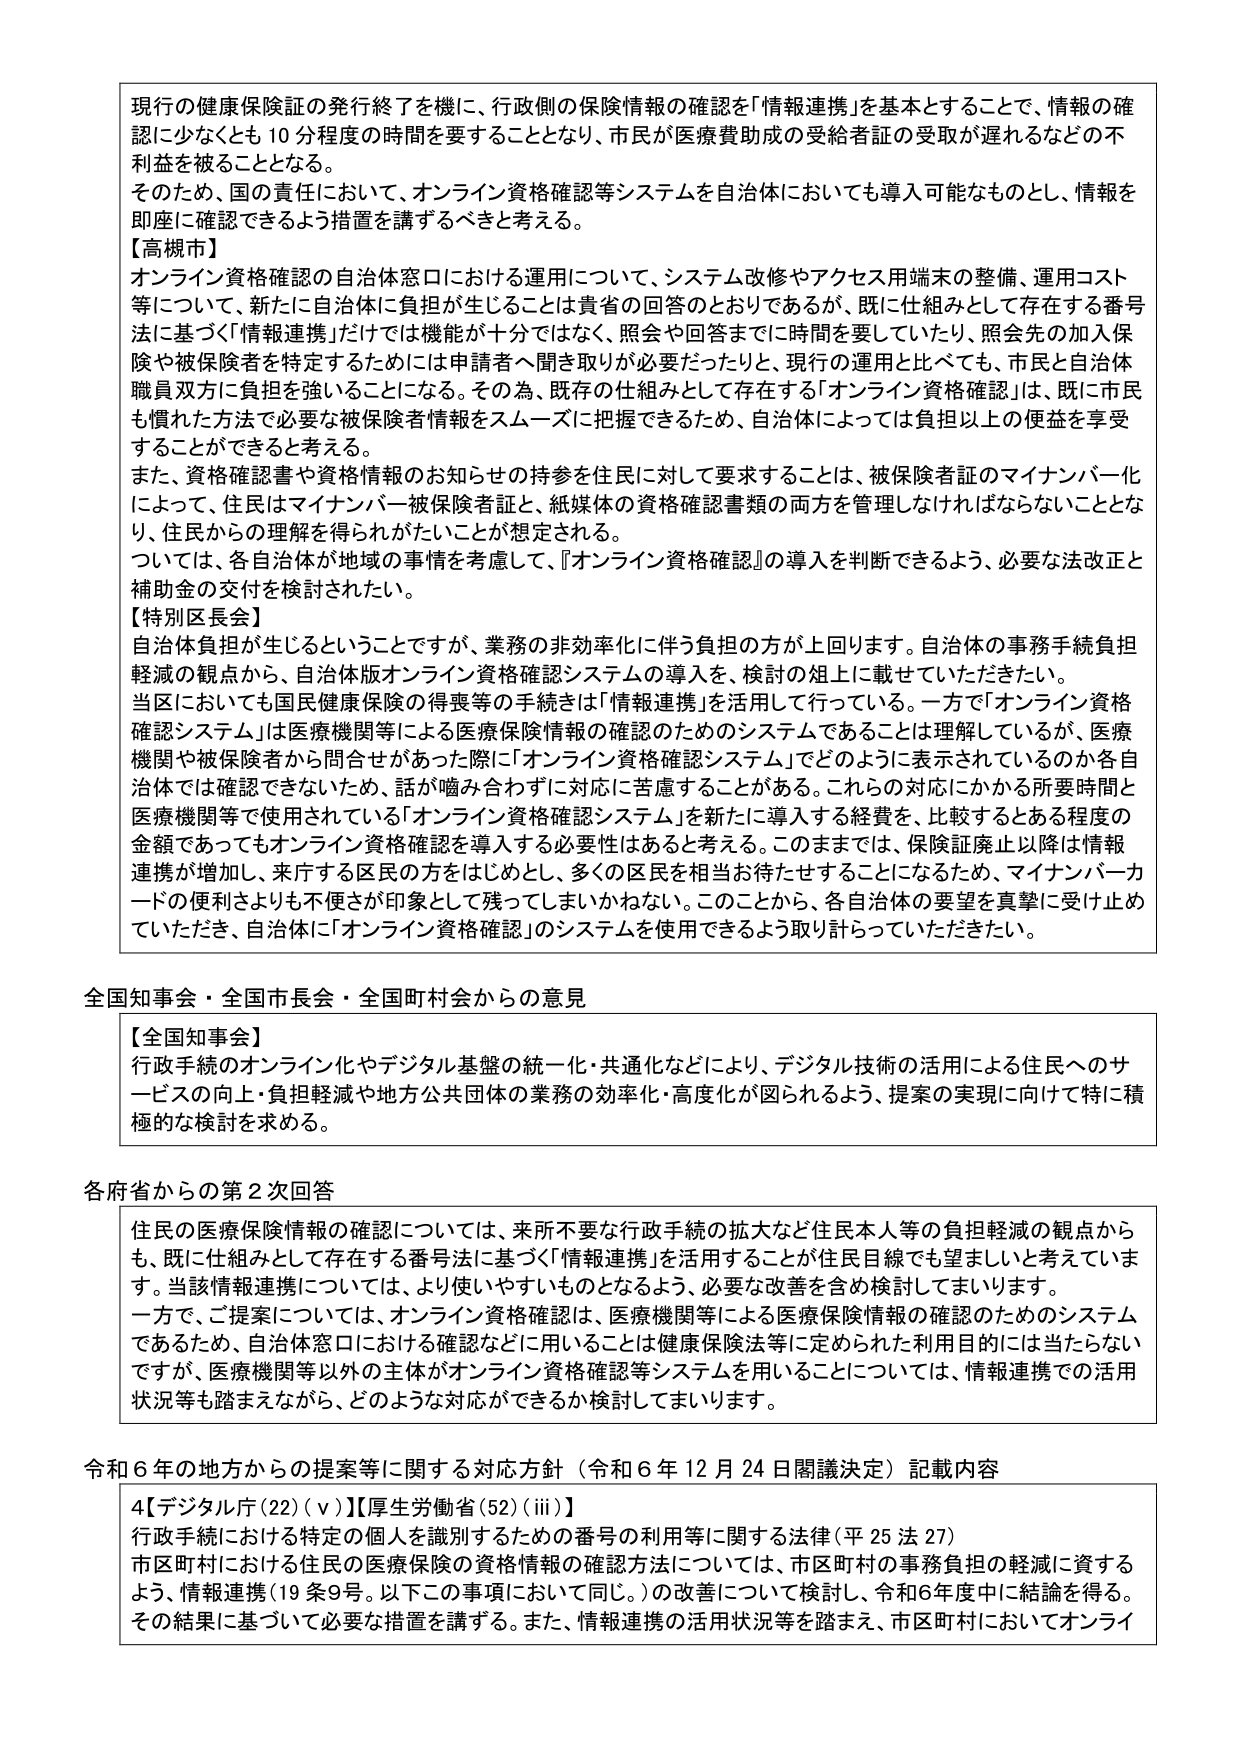
現行の健康保険証の発行終了を機に、行政側の保険情報の確認を「情報連携」を基本とすることで、情報の確認に少なくとも10分程度の時間を要することとなり、市民が医療費助成の受給者証の受取が遅れるなどの不利益を被ることとなる。

そのため、国の責任において、オンライン資格確認等システムを自治体においても導入可能なものとし、情報を即座に確認できるよう措置を講ずるべきと考える。

【高槻市】
オンライン資格確認の自治体窓口における運用について、システム改修やアクセス用端末の整備、運用コスト等について、新たに自治体に負担が生じることは貴省の回答のとおりであるが、既に仕組みとして存在する番号法に基づく「情報連携」だけでは機能が十分ではなく、照会や回答までに時間を要していたり、照会先の加入保険や被保険者を特定するためには申請者へ聞き取りが必要だったりと、現行の運用と比べても、市民と自治体職員双方に負担を強いることになる。その為、既存の仕組みとして存在する「オンライン資格確認」は、既に市民も慣れた方法で必要な被保険者情報をスムーズに把握できるため、自治体によっては負担以上の便益を享受することができると考える。

また、資格確認書や資格情報のお知らせの持参を住民に対して要求することは、被保険者証のマイナンバー化によって、住民はマイナンバー被保険者証、紙媒体の資格確認書類の両方を管理しなければならないこととなり、住民からの理解を得られがたいことが想定される。

ついては、各自治体が地域の事情を考慮して、『オンライン資格確認』の導入を判断できるよう、必要な法改正と補助金の交付を検討されたい。

【特別区長会】
自治体負担が生じるということですが、業務の非効率化に伴う負担の方が上回ります。自治体の事務手続負担軽減の観点から、自治体版オンライン資格確認システムの導入を、検討の俎上に載せていただきたい。

当区においても国民健康保険の得喪等の手続きは「情報連携」を活用して行っている。一方で「オンライン資格確認システム」は医療機関等による医療保険情報の確認のためのシステムであることは理解しているが、医療機関や被保険者から問合せがあった際に「オンライン資格確認システム」でどのように表示されているのか各自治体では確認できないため、話が噛み合わずに対応に苦慮することがある。これらの対応にかかる所要時間と医療機関等で使用されている「オンライン資格確認システム」を新たに導入する経費を、比較するとある程度の金額であってもオンライン資格確認を導入する必要性はあると考える。このままでは、保険証廃止以降は情報連携が増加し、来庁する区民の方をはじめとし、多くの区民を相当お待たせすることになるため、マイナンバーカードの便利さよりも不便さが印象として残ってしまいかねない。このことから、各自治体の要望を真摯に受け止めていただき、自治体に「オンライン資格確認」のシステムを使用できるよう取り計らっていただきたい。

全国知事会・全国市長会・全国町村会からの意見

【全国知事会】
行政手続のオンライン化やデジタル基盤の統一化・共通化などにより、デジタル技術の活用による住民へのサービスの向上・負担軽減や地方公共団体の業務の効率化・高度化が図られるよう、提案の実現に向けて特に積極的な検討を求める。

各府省からの第2次回答

住民の医療保険情報の確認については、来所不要な行政手続の拡大など住民本人等の負担軽減の観点からも、既に仕組みとして存在する番号法に基づく「情報連携」を活用することが住民目線でも望ましいと考えています。当該情報連携については、より使いやすいものとなるよう、必要な改善を含め検討してまいります。

一方で、ご提案については、オンライン資格確認は、医療機関等による医療保険情報の確認のためのシステムであるため、自治体窓口における確認などに用いることは健康保険法等に定められた利用目的には当たらないですが、医療機関等以外の主体がオンライン資格確認等システムを用いることについては、情報連携での活用状況等も踏まえながら、どのような対応ができるか検討してまいります。

令和6年の地方からの提案等に関する対応方針（令和6年12月24日閣議決定）記載内容

4【デジタル庁(22)(ⅴ)】【厚生労働省(52)(ⅲ)】
行政手続における特定の個人を識別するための番号の利用等に関する法律（平25法27）
市区町村における住民の医療保険の資格情報の確認方法については、市区町村の事務負担の軽減に資するよう、情報連携（19条9号。以下の事項において同じ。）の改善について検討し、令和6年度中に結論を得る。その結果に基づいて必要な措置を講ずる。また、情報連携の活用状況等を踏まえ、市区町村においてオンライン